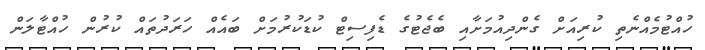
ހުއްޓުމެއްނެތި ކުރިއަށް ގެންދިއުމަށާއި ބެޖެޓުގެ ޑެފިސިޓް ކުޑަކުރުމަށް ބައެއް ހަރަދުތައް ކުރުން ހުއްޓާލަން